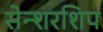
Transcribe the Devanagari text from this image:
सेन्शरशिप